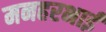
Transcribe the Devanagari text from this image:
मनहरभाई